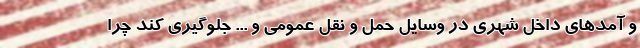
و آمدهای داخل شهری در وسایل حمل و نقل عمومی و ... جلوگیری کند چرا